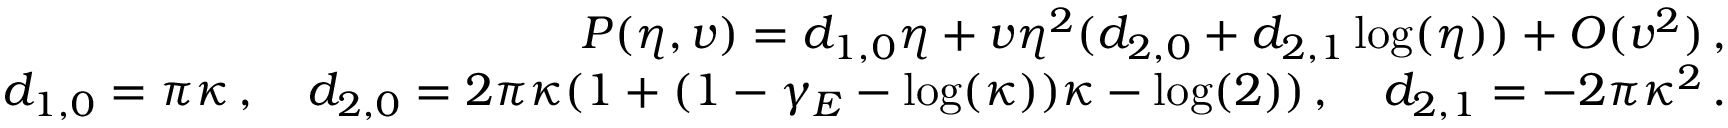
\begin{array} { r } { P ( \eta , v ) = d _ { 1 , 0 } \eta + v \eta ^ { 2 } ( d _ { 2 , 0 } + d _ { 2 , 1 } \log ( \eta ) ) + { \cal O } ( v ^ { 2 } ) \, , } \\ { d _ { 1 , 0 } = \pi \kappa \, , \quad d _ { 2 , 0 } = 2 \pi \kappa ( 1 + ( 1 - \gamma _ { E } - \log ( \kappa ) ) \kappa - \log ( 2 ) ) \, , \quad d _ { 2 , 1 } = - 2 \pi \kappa ^ { 2 } \, . } \end{array}